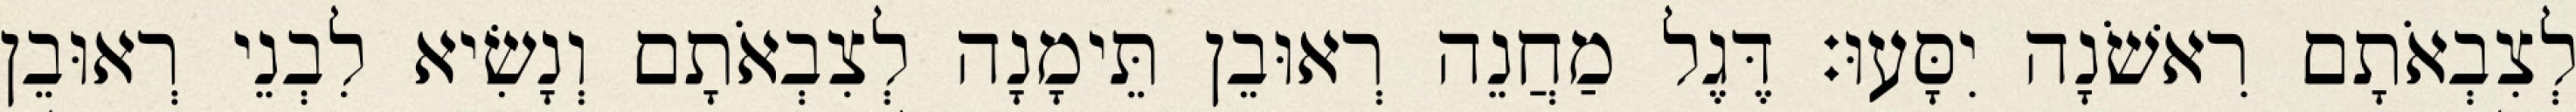
לְצִבְאֹתָם רִאשֹׁנָה יִסָּעוּ׃ דֶּגֶל מַחֲנֵה רְאוּבֵן תֵּימָנָה לְצִבְאֹתָם וְנָשִׂיא לִבְנֵי רְאוּבֵן